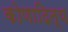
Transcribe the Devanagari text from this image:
कोणादित्य